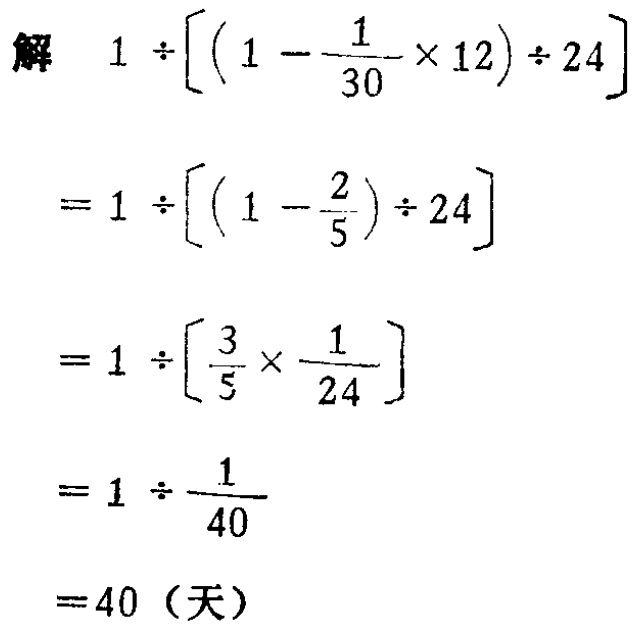
\[

\begin{align*}

&1\div\left[\left(1 - \frac{1}{30}\times12\right)\div24\right]\\

=&1\div\left[\left(1 - \frac{2}{5}\right)\div24\right]\\

=&1\div\left[\frac{3}{5}\times\frac{1}{24}\right]\\

=&1\div\frac{1}{40}\\

=&40（天）

\end{align*}

\]